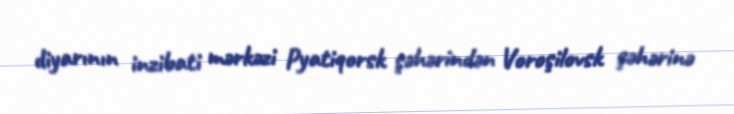
diyarının inzibati mərkəzi Pyatiqorsk şəhərindən Voroşilovsk şəhərinə